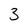
Character: 3